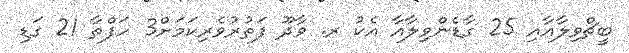
ބީޗްވިލާއާއި 25 ގާޑެންވިލާއާ އެކު ރ. ވާދޫ ފަތުރުވެރިކަމަށް3 ހަފްތާ 21 ގަޑި